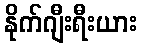
နိုက်ဂျီးရီးယား